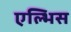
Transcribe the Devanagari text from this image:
एल्भिस